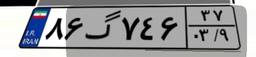
۸۶گ۷۴۶۳۷